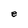
Character: e